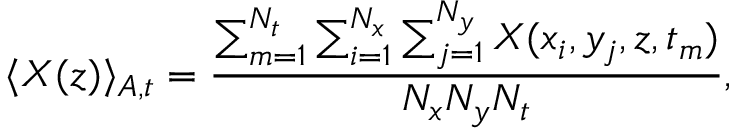
\langle X ( z ) \rangle _ { A , t } = \frac { \sum _ { m = 1 } ^ { N _ { t } } \sum _ { i = 1 } ^ { N _ { x } } \sum _ { j = 1 } ^ { N _ { y } } X ( x _ { i } , y _ { j } , z , t _ { m } ) } { N _ { x } N _ { y } N _ { t } } ,